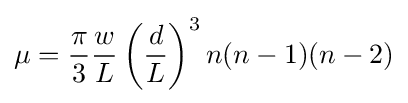
\mu ={\frac {\pi }{3}}{\frac {w}{L}}\left({\frac {d}{L}}\right)^{3}n(n-1)(n-2)